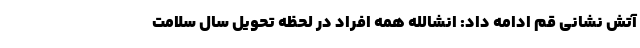
آتش نشانی قم ادامه داد: انشالله همه افراد در لحظه تحویل سال سلامت